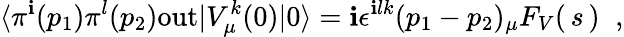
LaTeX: \langle\pi^{\mathbf{i}}(p_{1})\pi^{l}(p_{2})\mathrm{{out}}|V_{\mu}^{k}(0)|0\rangle=\mathbf{i}\epsilon^{\mathbf{i}lk}(p_{1}-p_{2})_{\mu}F_{V}(\, s\, )\; \; ,